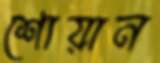
শোয়ান